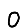
Digit: 0